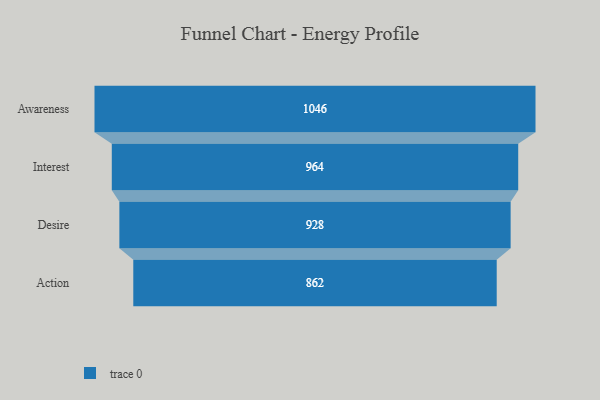
{"axis": {"x": "Stage", "y": "Value"}, "legend": [""], "data": [{"x": "Awareness", "y": 1046.0, "type": ""}, {"x": "Interest", "y": 964.0, "type": ""}, {"x": "Desire", "y": 928.0, "type": ""}, {"x": "Action", "y": 862.0, "type": ""}]}